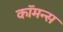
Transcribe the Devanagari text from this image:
कॉमन्‍स